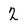
Character: 2